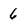
Character: 6